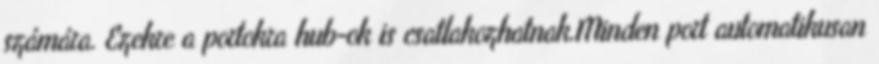
számára. Ezekre a portokra hub-ok is csatlakozhatnak.Minden port automatikusan